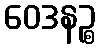
ဝေဒနဉ္စ